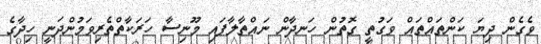
ވެގެން ދިޔަ ކަންތައްތައް ވަގުތީ ގޮތުން ހަނދާން ނައްތާލާފައި މޫނިސާ ހަރަކާތްތެރިވަމުންދަނީ ހިދާގެ